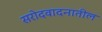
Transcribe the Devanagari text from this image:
सरोदवादनातील